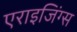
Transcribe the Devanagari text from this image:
एराइजिंग्स